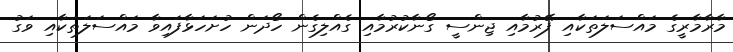
މާރާމާރީގެ މައްސަލަތަކާއި ފޭރުމާއި ޖިންސީ ގޯނާކުރުމާއި ގެއްލިގެން ހޯދަން ހުށަހަޅާފައިވާ މައްސަލަތަކާއި ވަގު